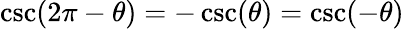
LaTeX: \csc(2\pi-\theta)=-\csc(\theta)=\csc(-\theta)